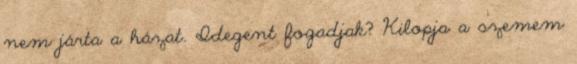
nem járta a házat. Idegent fogadjak? Kilopja a szemem